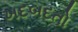
ખદબદતો